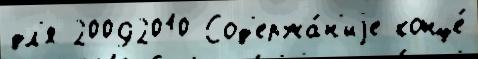
дл'я 20092010 Сод'ержа́н'иjе конце́